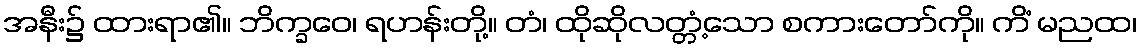
အနီး၌ ထားရာ၏။ ဘိက္ခဝေ၊ ရဟန်းတို့။ တံ၊ ထိုဆိုလတ္တံ့သော စကားတော်ကို။ ကိံ မညထ၊